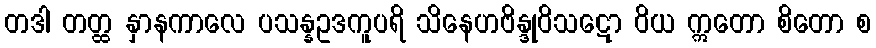
တဒါ တတ္ထ နှာနကာလေ ပသန္နဥဒကူပရိ သိနေဟဗိန္ဒုဝိသဋော ဝိယ ဣတော စိတော စ